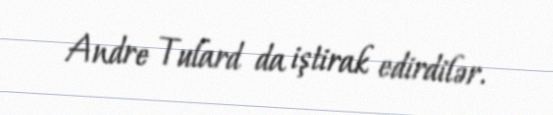
Andre Tulard da iştirak edirdilər.